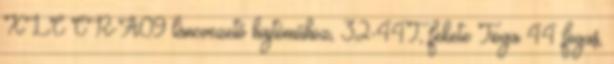
XLC CR-A09 láncvezető hajtóműhöz, 32-44T, fekete Tioga 44 fogas,